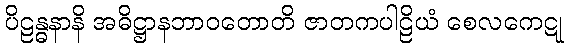
ပိဠန္ဓနာနိ အဓိဋ္ဌာနဘာဝတောတိ ဇာတကပါဠိယံ စေလကေဋု